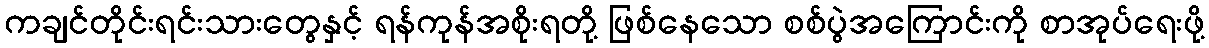
ကချင်တိုင်းရင်းသားတွေနှင့် ရန်ကုန်အစိုးရတို့ ဖြစ်နေသော စစ်ပွဲအကြောင်းကို စာအုပ်ရေးဖို့